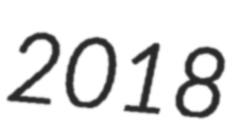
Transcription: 2018